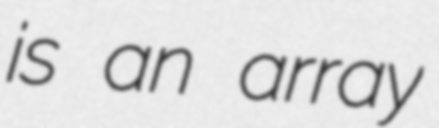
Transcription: is an array